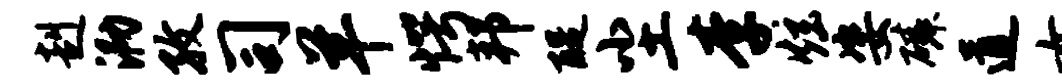
赳泐孜司羊愕邦醍尘李炫姿磷道女